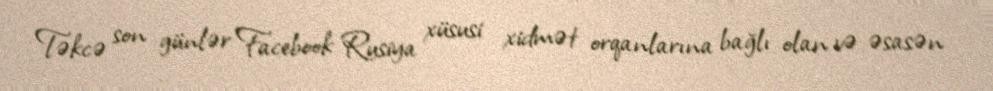
Təkcə son günlər Facebook Rusiya xüsusi xidmət orqanlarına bağlı olan və əsasən